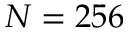
N = 2 5 6